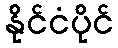
နိုင်ငံပိုင်